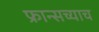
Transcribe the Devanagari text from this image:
फ्रान्सच्याच